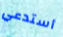
أستدعي